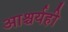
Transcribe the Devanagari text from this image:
आश्चर्यही